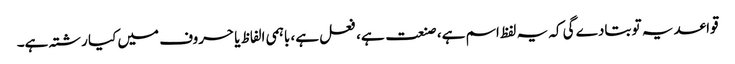
قواعد یہ تو بتادے گی کہ یہ لفظ اسم ہے، صنعت ہے، فعل ہے، باہمی الفاظ یا حروف میں کیا رشتہ ہے۔